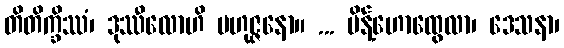
တိတိက္ခိဿံ၊ ဒုဿီလောဟိ ဗဟုဇ္ဇနော။ ... မိန့်ဟောထွေလာ၊ ဒေသနာ၊